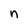
Character: n